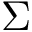
\boldsymbol { \Sigma }